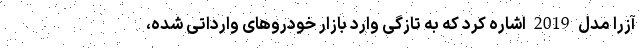
آزرا مدل 2019 اشاره کرد که به تازگی وارد بازار خودروهای وارداتی شده،